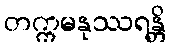
တက္ကမနုဿရန္တိ